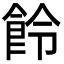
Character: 𩚹